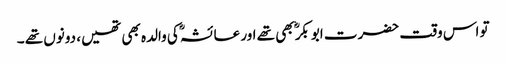
تو اس وقت حضرت ابوبکرؓ بھی تھے اور عائشہؓ کی والدہ بھی تھیں، دونوں تھے ۔